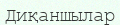
Диқаншылар